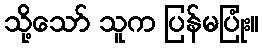
သို့သော် သူက ပြန်မပြုံး။